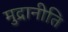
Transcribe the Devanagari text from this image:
मुद्रानीति